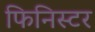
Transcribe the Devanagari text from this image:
फिनिस्टर